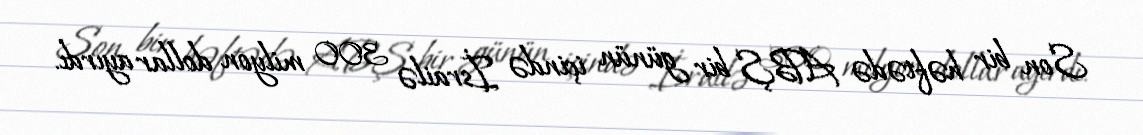
Son bir həftədə ABŞ bir günün içində İsrailə 300 milyon dollar ayırdı.